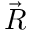
\vec { R }